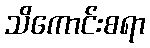
သိကောင်းစရာ